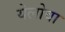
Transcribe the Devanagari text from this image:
येलोवा